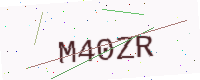
Text: M40ZR